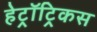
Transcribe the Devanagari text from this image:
हेट्रॉट्रिकस